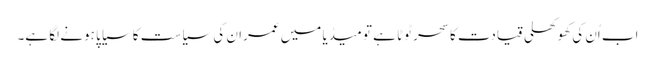
اب اُن کی کھوکھلی قیادت کا سحر ٹوٹا ہے تو میڈیا میں عمران کی سیاست کا سیاپا ہونے لگا ہے۔